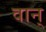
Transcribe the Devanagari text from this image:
वान्